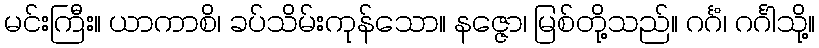
မင်းကြီး။ ယာကာစိ၊ ခပ်သိမ်းကုန်သော။ နဇ္ဇော၊ မြစ်တို့သည်။ ဂင်္ဂံ၊ ဂင်္ဂါသို့။